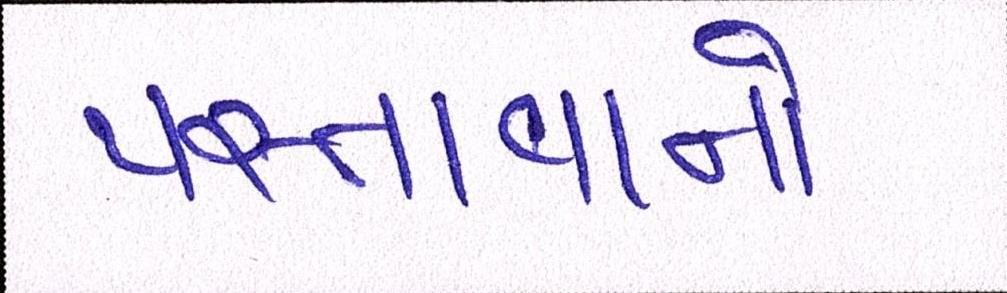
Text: પસ્તાવાનો